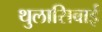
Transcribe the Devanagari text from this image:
थुलासिबाई